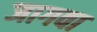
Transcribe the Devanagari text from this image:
जागवा